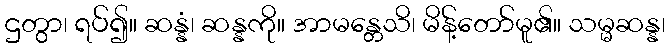
ဌတွာ၊ ရပ်၍။ ဆန္နံ၊ ဆန္နကို။ အာမန္တေသိ၊ မိန့်တော်မူ၏။ သမ္မဆန္န၊